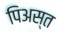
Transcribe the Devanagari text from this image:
पिअस्त